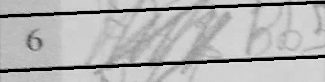
Transcription: Bb5